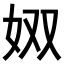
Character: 𪥫